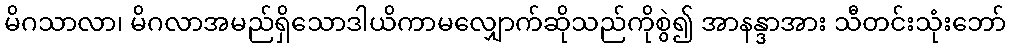
မိဂသာလာ၊ မိဂလာအမည်ရှိသောဒါယိကာမလျှောက်ဆိုသည်ကိုစွဲ၍ အာနန္ဒာအား သီတင်းသုံးဘော်